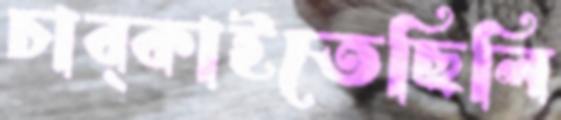
চাব্‌কাইতেছিলি